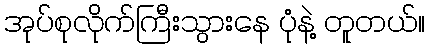
အုပ်စုလိုက်ကြီးသွားနေ ပုံနဲ့ တူတယ်။